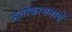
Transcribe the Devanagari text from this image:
मनोकामनाऐं